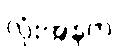
လုံးအနက်